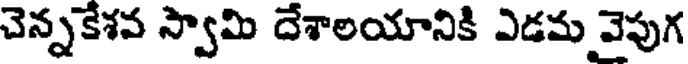
చెన్నకేశవ స్వామి దేశాలయానికి ఎడమ వైపుగ